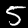
Digit: 5